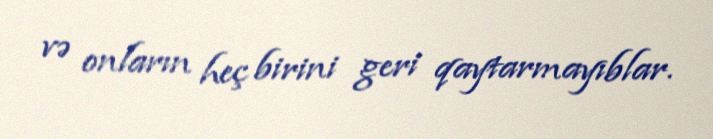
və onların heç birini geri qaytarmayıblar.